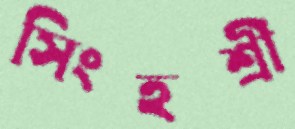
সিংহশ্রী